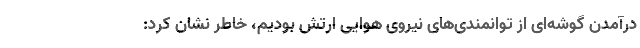
درآمدن گوشه‌ای از توانمندی‌های نیروی هوایی ارتش بودیم، خاطر نشان کرد: